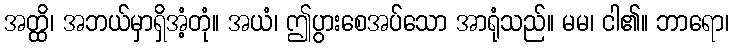
အတ္ထိ၊ အဘယ်မှာရှိအံ့တုံ။ အယံ၊ ဤပွားစေအပ်သော အာရုံသည်။ မမ၊ ငါ၏။ ဘာရော၊